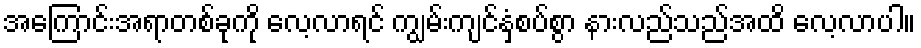
အကြောင်းအရာတစ်ခုကို လေ့လာရင် ကျွမ်းကျင်နှံစပ်စွာ နားလည်သည်အထိ လေ့လာပါ။